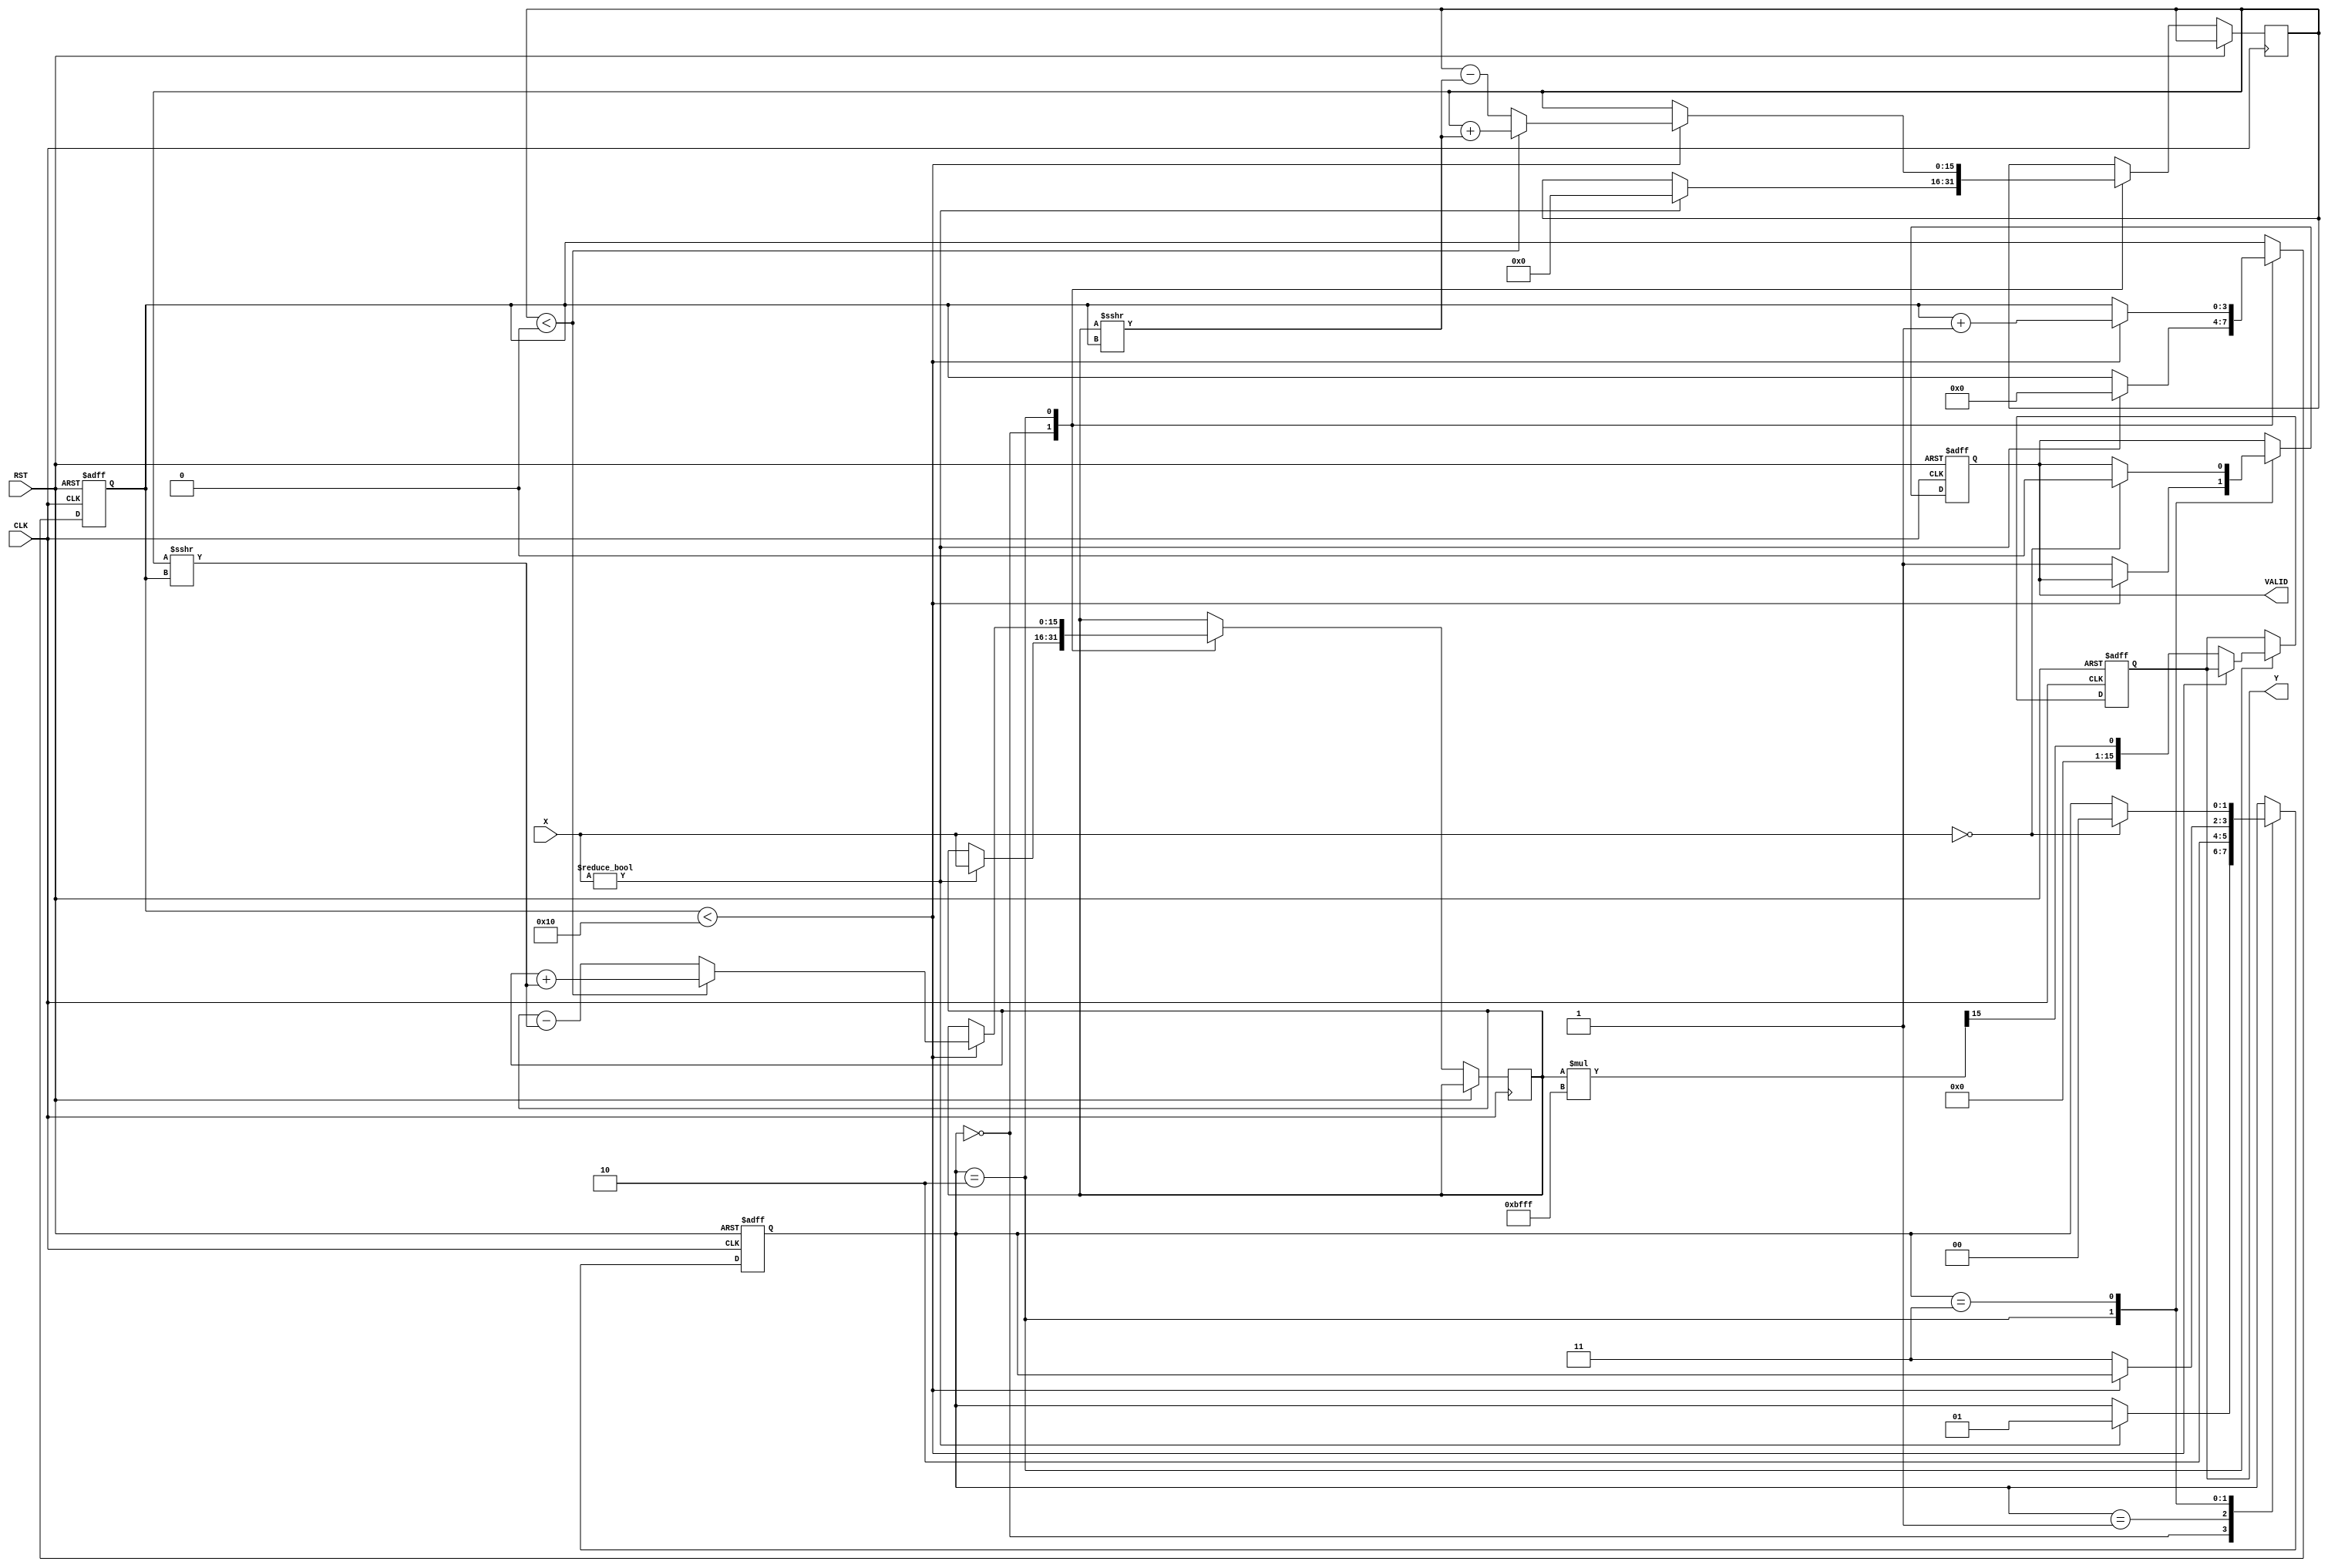
module cordic_reciprocal (
    input wire [15:0] X,       // Input data (fixed-point representation)
    input wire CLK,            // Clock signal
    input wire RST,            // Reset signal
    output reg [15:0] Y,       // Reciprocal output
    output reg VALID           // Valid signal
);

    // Parameters
    parameter NUM_ITERATIONS = 16; // Number of CORDIC iterations
    parameter SCALE_FACTOR = 16'hBFFF; // Scaling factor (1/sqrt(2) in fixed-point)

    // Internal signals
    reg [15:0] x [0:NUM_ITERATIONS]; // x values for each iteration
    reg [15:0] y [0:NUM_ITERATIONS]; // y values for each iteration
    reg [15:0] angle [0:NUM_ITERATIONS]; // Angle lookup table
    reg [3:0] iteration; // Current iteration index
    reg [15:0] x_curr, y_curr; // Current x and y values
    reg [15:0] angle_curr; // Current angle
    reg [1:0] state; // FSM state

    // Angle lookup table initialization (in fixed-point representation)
    initial begin
        angle[0] = 16'h0000; // atan(2^0)
        angle[1] = 16'hC90F; // atan(2^-1)
        angle[2] = 16'hA57D; // atan(2^-2)
        angle[3] = 16'h7D89; // atan(2^-3)
        angle[4] = 16'h3E1E; // atan(2^-4)
        angle[5] = 16'h1F0D; // atan(2^-5)
        angle[6] = 16'h0F83; // atan(2^-6)
        angle[7] = 16'h07C1; // atan(2^-7)
        angle[8] = 16'h03E0; // atan(2^-8)
        angle[9] = 16'h01F0; // atan(2^-9)
        angle[10] = 16'h00FC; // atan(2^-10)
        angle[11] = 16'h007E; // atan(2^-11)
        angle[12] = 16'h003F; // atan(2^-12)
        angle[13] = 16'h001F; // atan(2^-13)
        angle[14] = 16'h000F; // atan(2^-14)
        angle[15] = 16'h0007; // atan(2^-15)
    end

    // FSM states
    localparam IDLE = 2'b00, INIT = 2'b01, ITERATE = 2'b10, DONE = 2'b11;

    // State machine and iteration control
    always @(posedge CLK or posedge RST) begin
        if (RST) begin
            state <= IDLE;
            VALID <= 0;
            iteration <= 0;
            Y <= 0;
        end else begin
            case (state)
                IDLE: begin
                    if (X != 0) begin
                        // Initialize x and y
                        x_curr <= X;
                        y_curr <= 0;
                        angle_curr <= 0;
                        iteration <= 0;
                        state <= INIT;
                    end
                end

                INIT: begin
                    // Start iterations
                    state <= ITERATE;
                end

                ITERATE: begin
                    if (iteration < NUM_ITERATIONS) begin
                        // CORDIC rotation
                        if (y_curr < 0) begin
                            x_curr <= x_curr + (y_curr >>> iteration);
                            y_curr <= y_curr + (x_curr >>> iteration);
                        end else begin
                            x_curr <= x_curr - (y_curr >>> iteration);
                            y_curr <= y_curr - (x_curr >>> iteration);
                        end
                        angle_curr <= angle_curr + angle[iteration];
                        iteration <= iteration + 1;
                    end else begin
                        // Final output
                        Y <= (x_curr * SCALE_FACTOR) >>> 15; // Scale the output
                        VALID <= 1;
                        state <= DONE;
                    end
                end

                DONE: begin
                    // Wait for next input
                    if (X == 0) begin
                        VALID <= 0;
                        state <= IDLE;
                    end
                end
            endcase
        end
    end

endmodule